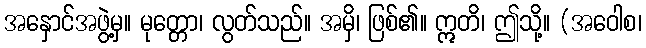
အနှောင်အဖွဲ့မှ။ မုတ္တော၊ လွတ်သည်။ အမှိ၊ ဖြစ်၏။ ဣတိ၊ ဤသို့။ (အဝေါစ၊